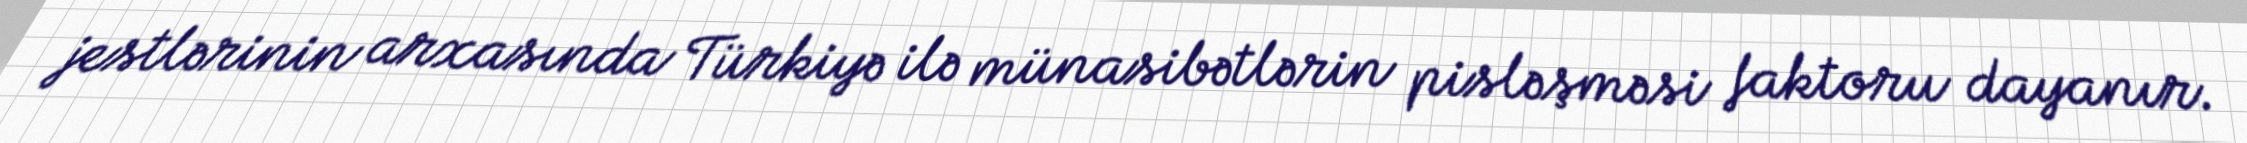
jestlərinin arxasında Türkiyə ilə münasibətlərin pisləşməsi faktoru dayanır.